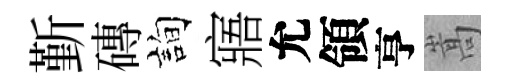
斳磚詢寤允領亨嵩